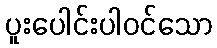
ပူးပေါင်းပါဝင်သော